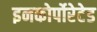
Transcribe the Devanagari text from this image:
इनकोर्पोरेटेड